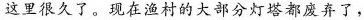
这里很久了。现在渔村的大部分灯塔都废弃了，